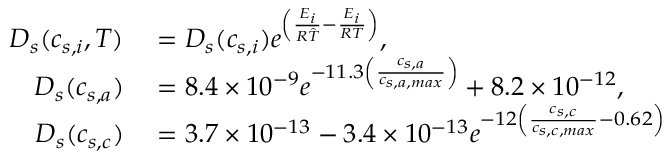
\begin{array} { r l } { D _ { s } ( c _ { s , i } , T ) } & { { } = D _ { s } ( c _ { s , i } ) e ^ { \left( \frac { E _ { i } } { R \hat { T } } - \frac { E _ { i } } { R T } \right) } , } \\ { D _ { s } ( c _ { s , a } ) } & { { } = 8 . 4 \times 1 0 ^ { - 9 } e ^ { - 1 1 . 3 \left( \frac { c _ { s , a } } { c _ { s , a , m a x } } \right) } + 8 . 2 \times 1 0 ^ { - 1 2 } , } \\ { D _ { s } ( c _ { s , c } ) } & { { } = 3 . 7 \times 1 0 ^ { - 1 3 } - 3 . 4 \times 1 0 ^ { - 1 3 } e ^ { - 1 2 \left( \frac { c _ { s , c } } { c _ { s , c , m a x } } - 0 . 6 2 \right) } } \end{array}